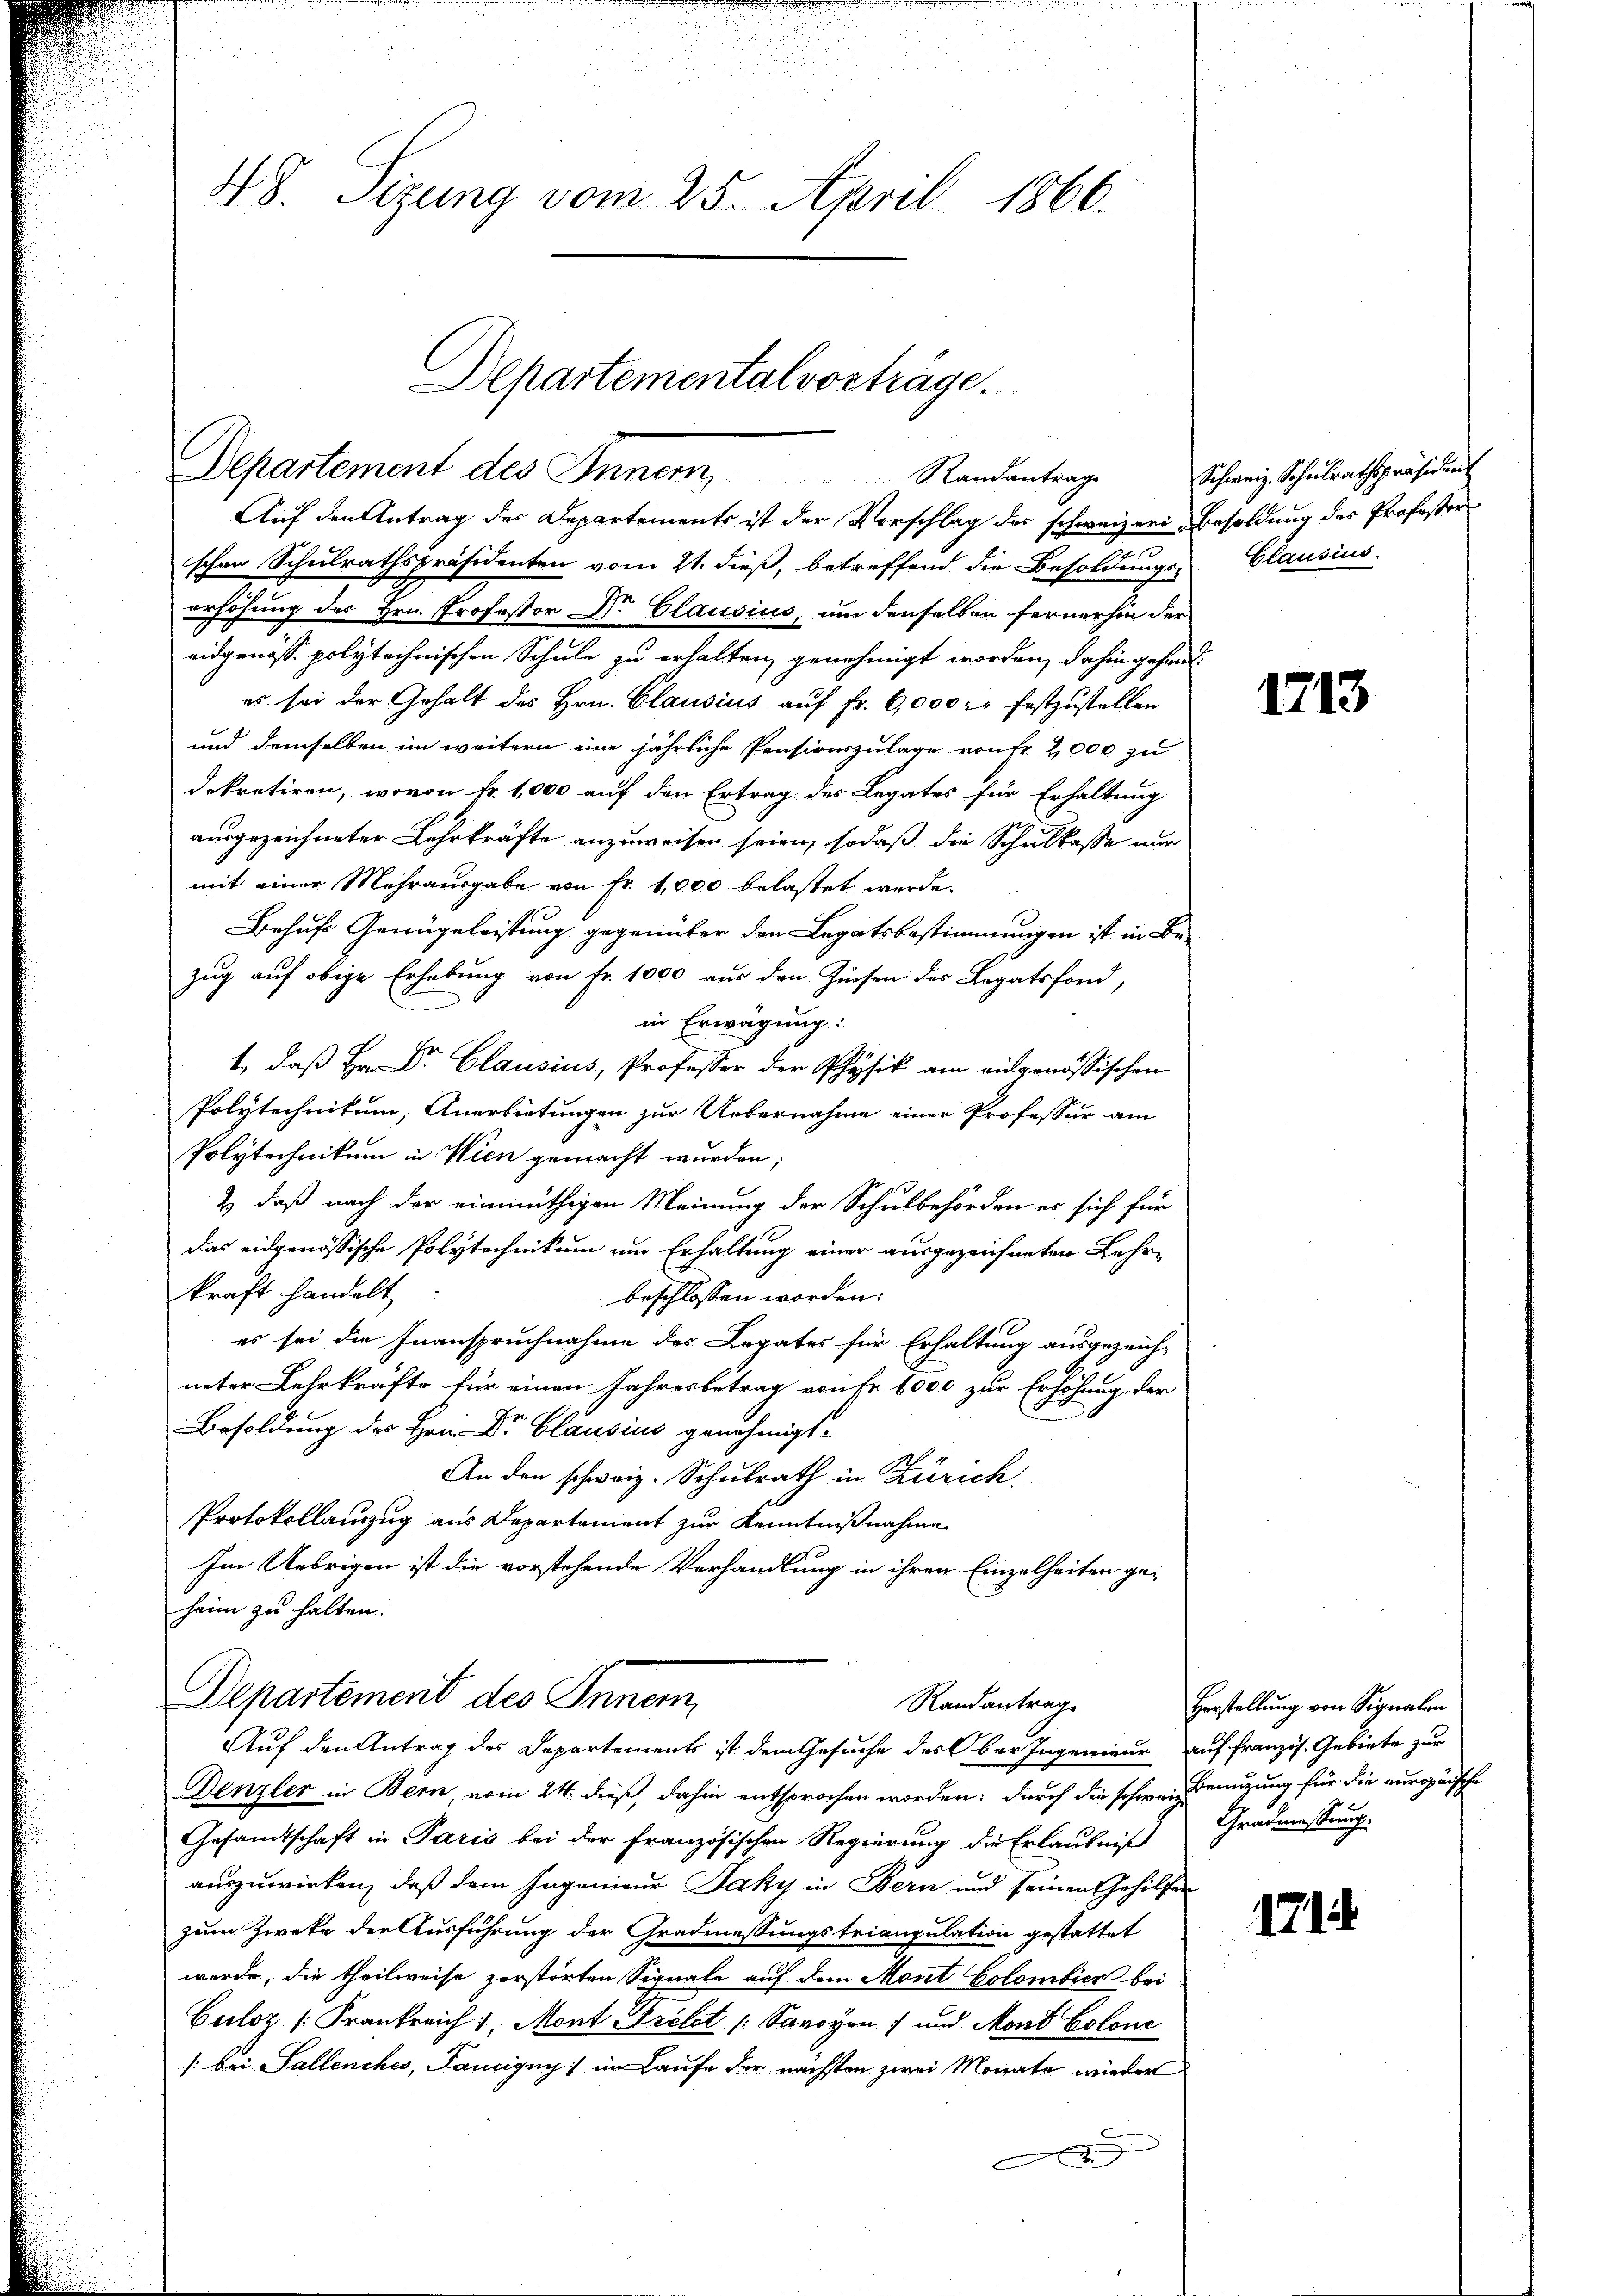
48. Sizung vom 25. April 1866.

schen Schulrathspräsidenten vom 21. dieß, betreffend die Besoldungs-
erhöhung des Hrn. Professor Dr. Clausius, um denselben fernerhin der
9
eidgenöss. polytechnischen Schule zu erhalten genehmigt worden, dahin gehandes sei der Gehalt des Hrn. Clausius auf Fr. 6,000. festzustellen
und demselben im weitern eine jährliche Pensionszulage von Fr. 2,000 zu
dekretiren, wovon Fr. 1,000 auf den Ertrag des Legates für Erhaltung
ausgezeichneter Lehrkräfte anzuweisen seien, sodaß die Schulkasse nur
mit einer Mehrausgabe von Fr. 1,000 belastet werde.
Behufs Genügeleistung gegenüber den Legatsbestimmungen ist in Be-
zug auf obige Erhebung von Fr. 1000 aus den Zinsen des Legatsfond,
.
in Erwägung:
1., daß Hr. Dr. Clausius, Professor der Physik am eidgenössischen
Polytechnitum, Anerbietungen zur Uebernahme einer Professur am
Polytechnikum in Wien gemacht wurden;
&) daß nach der einmüthigen Meinung der Schulbehörden es sich für
das eidgenössische Polytechnikum um Erhaltung einer ausgezeichneten Lehrkraft handelt
beschlossen worden:
es sei die Inanspruchnahme des Legates für Erhaltung ausgezeich-
ueter Lehrkräfte für einen Jahresbetrag von Fr. 1000 zur Erhöhung, der
Besoldung des Hrn. Dr. Clausius genehmigt.
An den schweiz. Schulrath in Zürich.
Protokollauszug aus Departement zur Kenntnißnahme
Im Uebrigen ist die vorstehende Verhandlung in ihren Einzelheiten geheim zu halten.

Departement des Inner,
Randantrage
Auf den Antrag der Departements ist der Vorschlag des schweizer Besoldung des Professor

Departementalvorträge.

Departement des Inner
Randantrage
Auf den Antrag des Departements ist dem Gesuche des Ober Ingenieur auf französ. Gebiete zur

Denzler in Bern, vom 24. dieß, dahin entsprochen worden; durch die schweiz Benutzung für die auropäische
Gesandtschaft in Paris bei der französischen Regierung die Erlaubniß
auszuwirken, daß dem Ingenieur Faky in Bern und seinen Gehilfen
zum Zweke der Ausführung der Gradmassungstriangulation gestattet
werde, die theilweise zerstörten Signale auf dem Mont Colombier bei
Culoz [Frankreich 1 Mont Grilet (Savoyen 7 und Mont Colone
/: bei Sallenches, Tauigny) im Laufe der nächsten zwei Monate wieder
A

Schweiz. Schulrathspräsident
Glausius.

1713

Herstellung von Signalen
Gradmessung.

1714